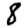
Digit: 8